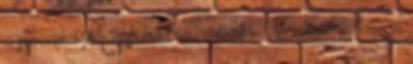
a semmiért. Mi hasznunk nekünk abból ha idegen hatalmak